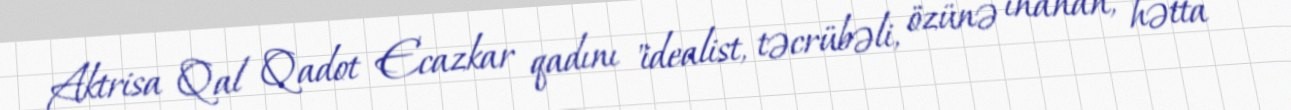
Aktrisa Qal Qadot Ecazkar qadını "idealist, təcrübəli, özünə inanan, hətta